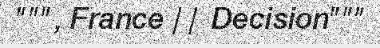
""", France || Decision"""